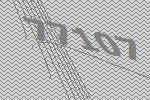
77107